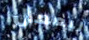
ليعمل